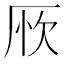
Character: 𠩦